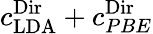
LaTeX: c_{\mathrm{LDA}}^{\textnormal{Dir}}+c_{PBE}^{\textnormal{Dir}}